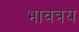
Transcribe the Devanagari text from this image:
भावत्रय